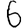
Digit: 6